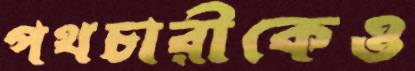
পথচারীকেও